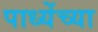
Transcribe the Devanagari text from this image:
पाध्येंच्या